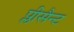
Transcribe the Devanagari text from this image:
प्लीसैन्ट